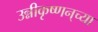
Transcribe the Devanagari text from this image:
उन्नीकृष्णन्‌च्या